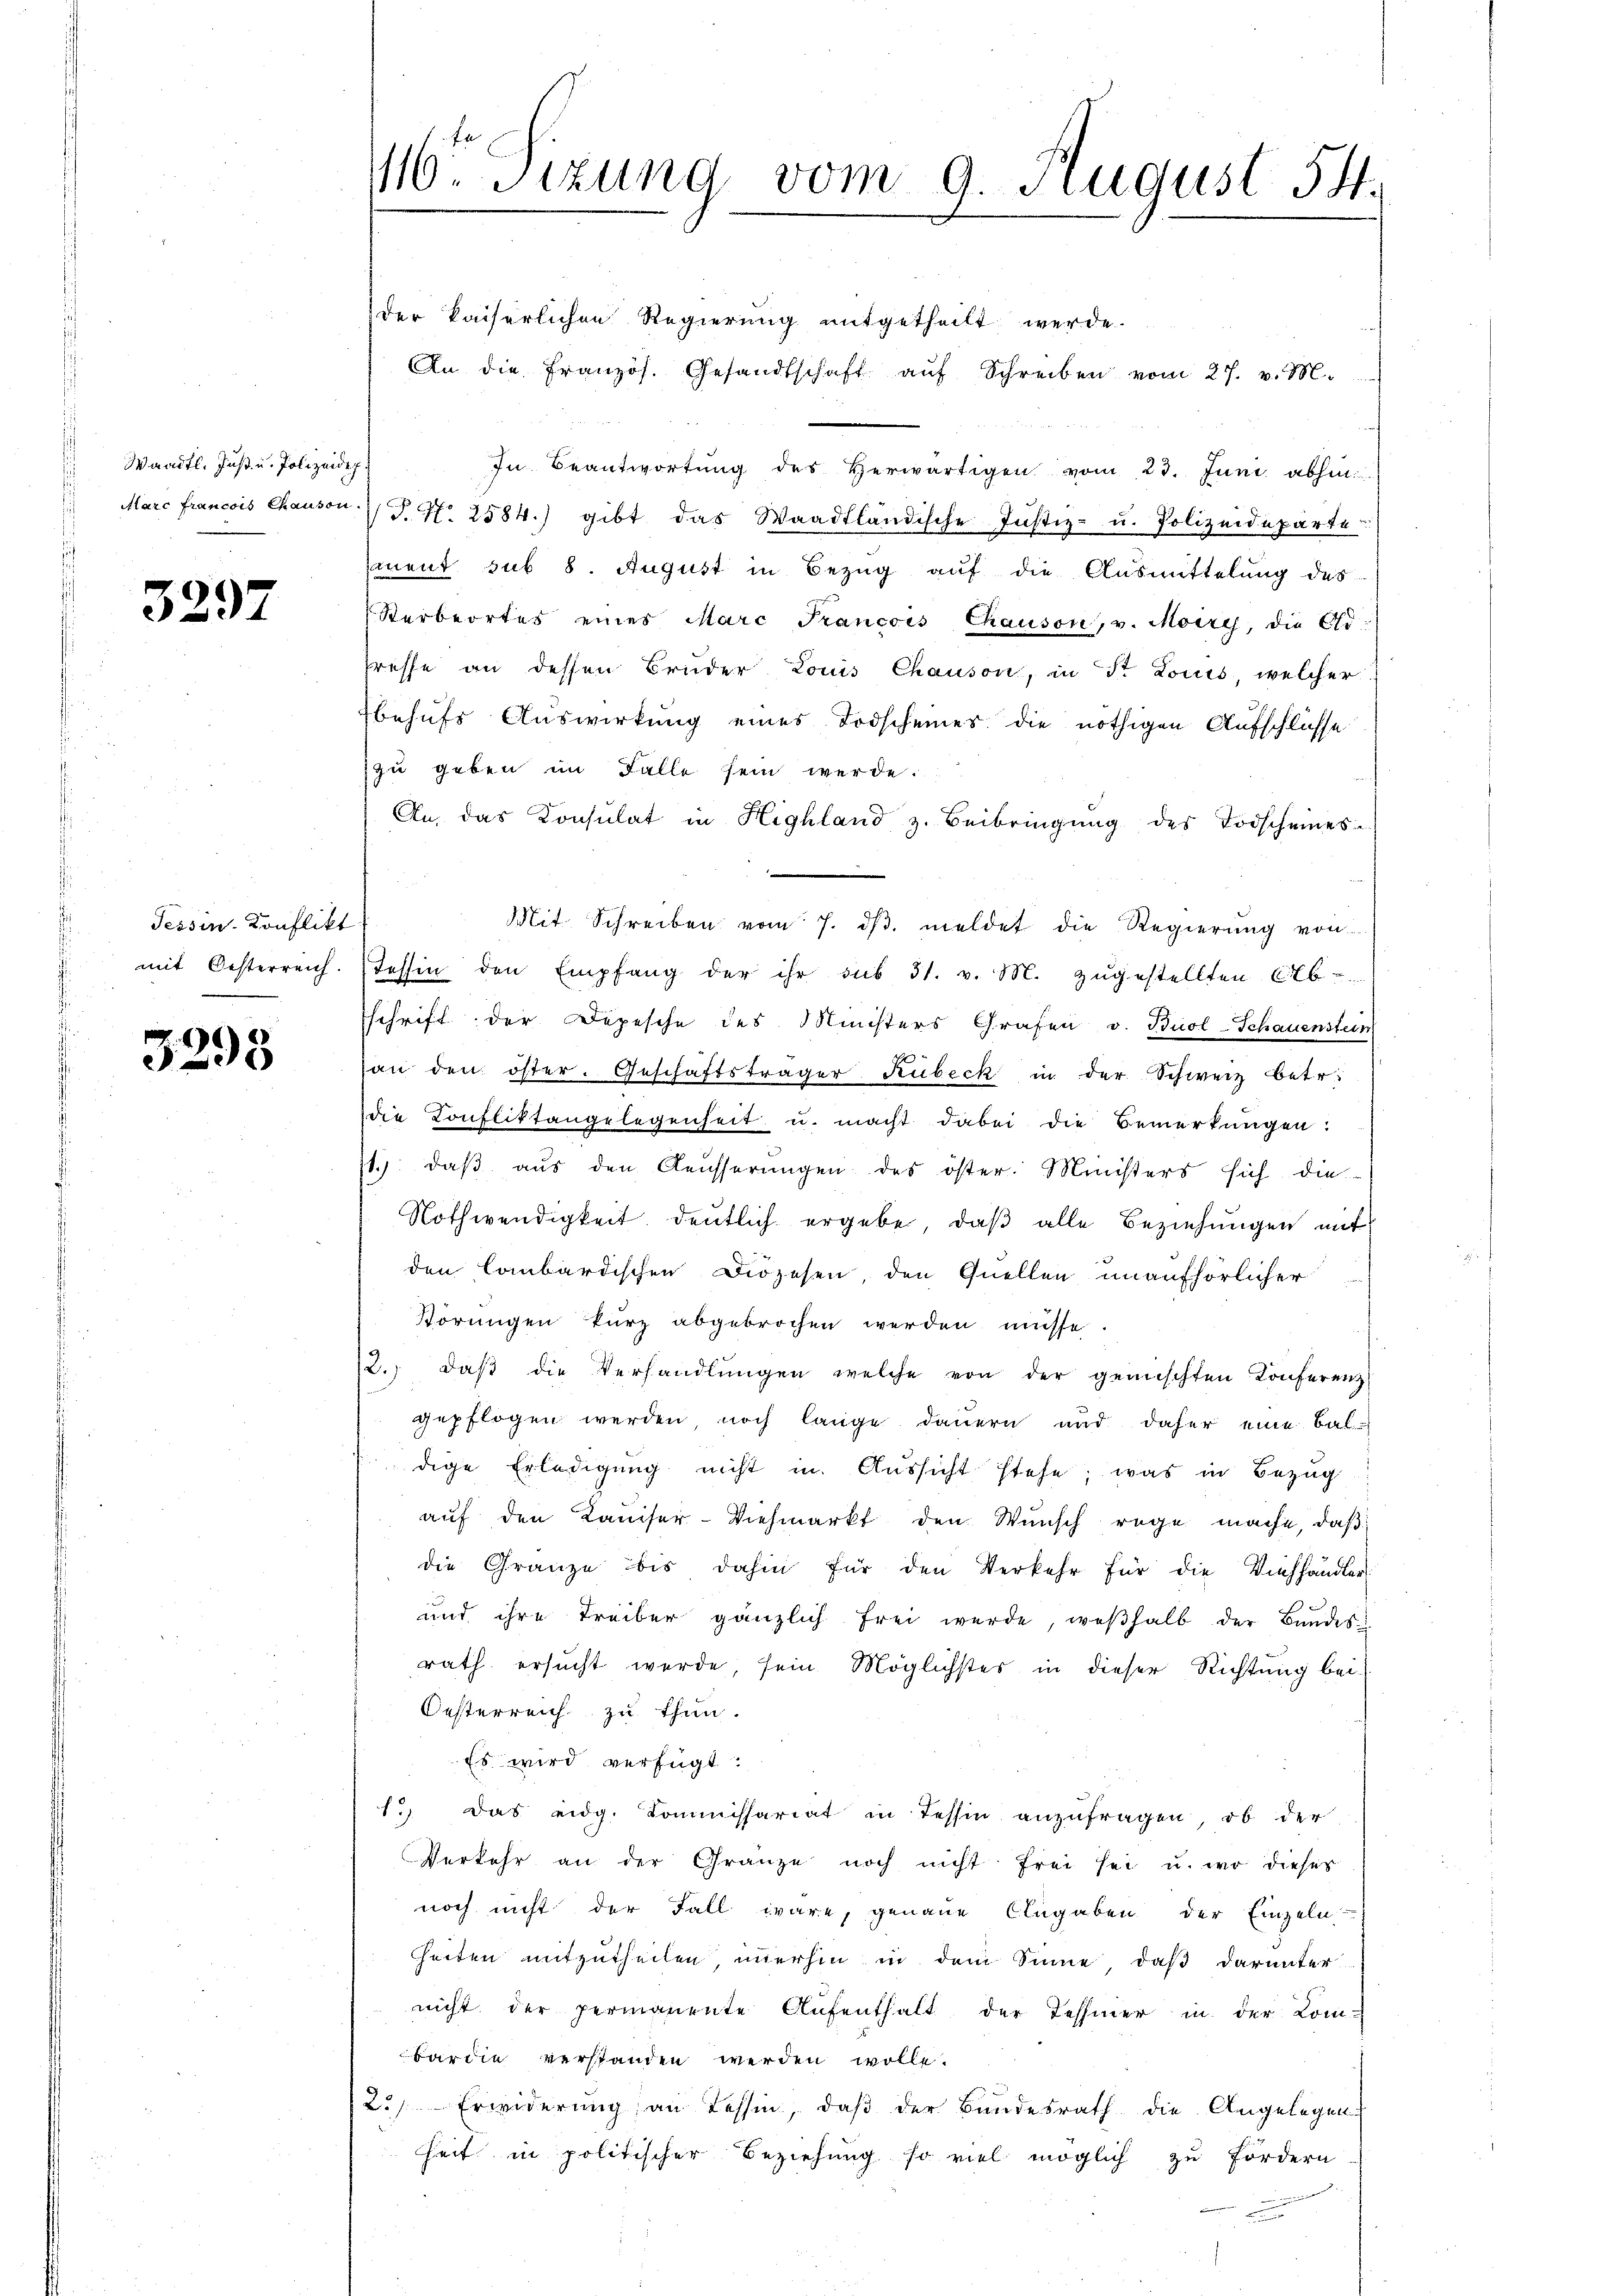
Waadt. Just u. Polizeide

3297

Tessin. Konflikt

3295

16ten Sizung vom 9. August 54.

der kaiserlichen Regierung mitgetheilt werde.
An die Französ. Gesandtschaft aŭf Schreiben vom 27. v. M.
In Beantwortung des Herwärtigen vom 23. Juni abhin
Marc francois Chauson 7 J. N. 2584.) gibt das Waadtländische Justiz- u. Polizeideparte
sment sub 8. August in Bezug auf die Ausmittelung des
Sterbeortes eines Marc Francois Chauson, v. Moiry, die Ge-
freffe an dessen Bruder Louis Chauson, in Fr. Louis, welcher
behufs Auswirkung eines Todscheines die nöthigen Aufschlüsse
zu geben im Falle sein werde.
An, das Konsulat in Highland z. Beibringung des Todscheines-
Mit Schreiben vom 7. dβ. meldet die Regierŭng von
mit Oesterreich. (Tessin den Empfang der ihr sub 31. v. M. zŭgestellten 676
schrift der Depesche des Ministers Grafen v. Buol-Schauenstein
an den öster. Geschäftsträger Kübeck in der Schweiz betr.
die Confliktangelegenheit u. macht dabei die Bemerkungen:
71. daβ aŭs den Aeusserŭngen des öster. Ministers sich die
Nothwendigkeit deutlich ergebe, daß alle Beziehungen mit
den Combardischen Diözesen, den Quellen unaufhörlicher
Vörungen kurz abgebrochen werden müsse.
12. daβ die Verhandlŭngen welche von der gemischten Konferenz
gepflogen werden, noch lange dauern und daher eine Baldige Erledigung nicht in Aussicht stehe; was in Bezug
auf den Kaiser-Viehmarkt den Wunsch rege mache, daß
die Gränze bis dahin für den Verkehr für die Viehhändler
und ihre Treiber gänzlich frei werde, weshalb der Bandes-
rath ersucht werde, sein Möglichstes in dieser Richtung bei
Oesterreich zu thun.
Es wird verfügt:
1., das eidg. Kommissariat in Tessin anzŭfragen, ob der
Verkehr an der Gränze noch nicht frei sei u. wo dieser
noch nicht der Fall wäre, genaue Angaben der Einzeln
heiten mitzutheilen, immerhin in dem Sinne, daß darunter
nicht der permanente Aufenthalt der Tessiner in der Com-
bardin verstanden werden wolle.
2.) Erwiderung an Tessin, daß der Bundesrath die Angelegen
heit in politischer Beziehung so viel möglich zu fördern
.